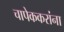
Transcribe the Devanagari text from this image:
चापेककरांना